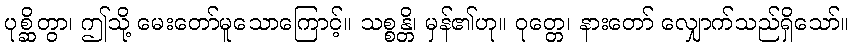
ပုစ္ဆိတွာ၊ ဤသို့ မေးတော်မူသောကြောင့်။ သစ္စန္တိ၊ မှန်၏ဟု။ ဝုတ္တေ၊ နားတော် လျှောက်သည်ရှိသော်။